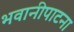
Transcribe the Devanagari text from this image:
भवानीपाटना